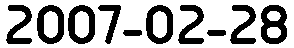
2007-02-28